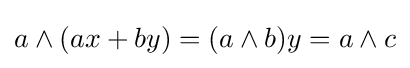
a\wedge (ax+by)=(a\wedge b)y=a\wedge c